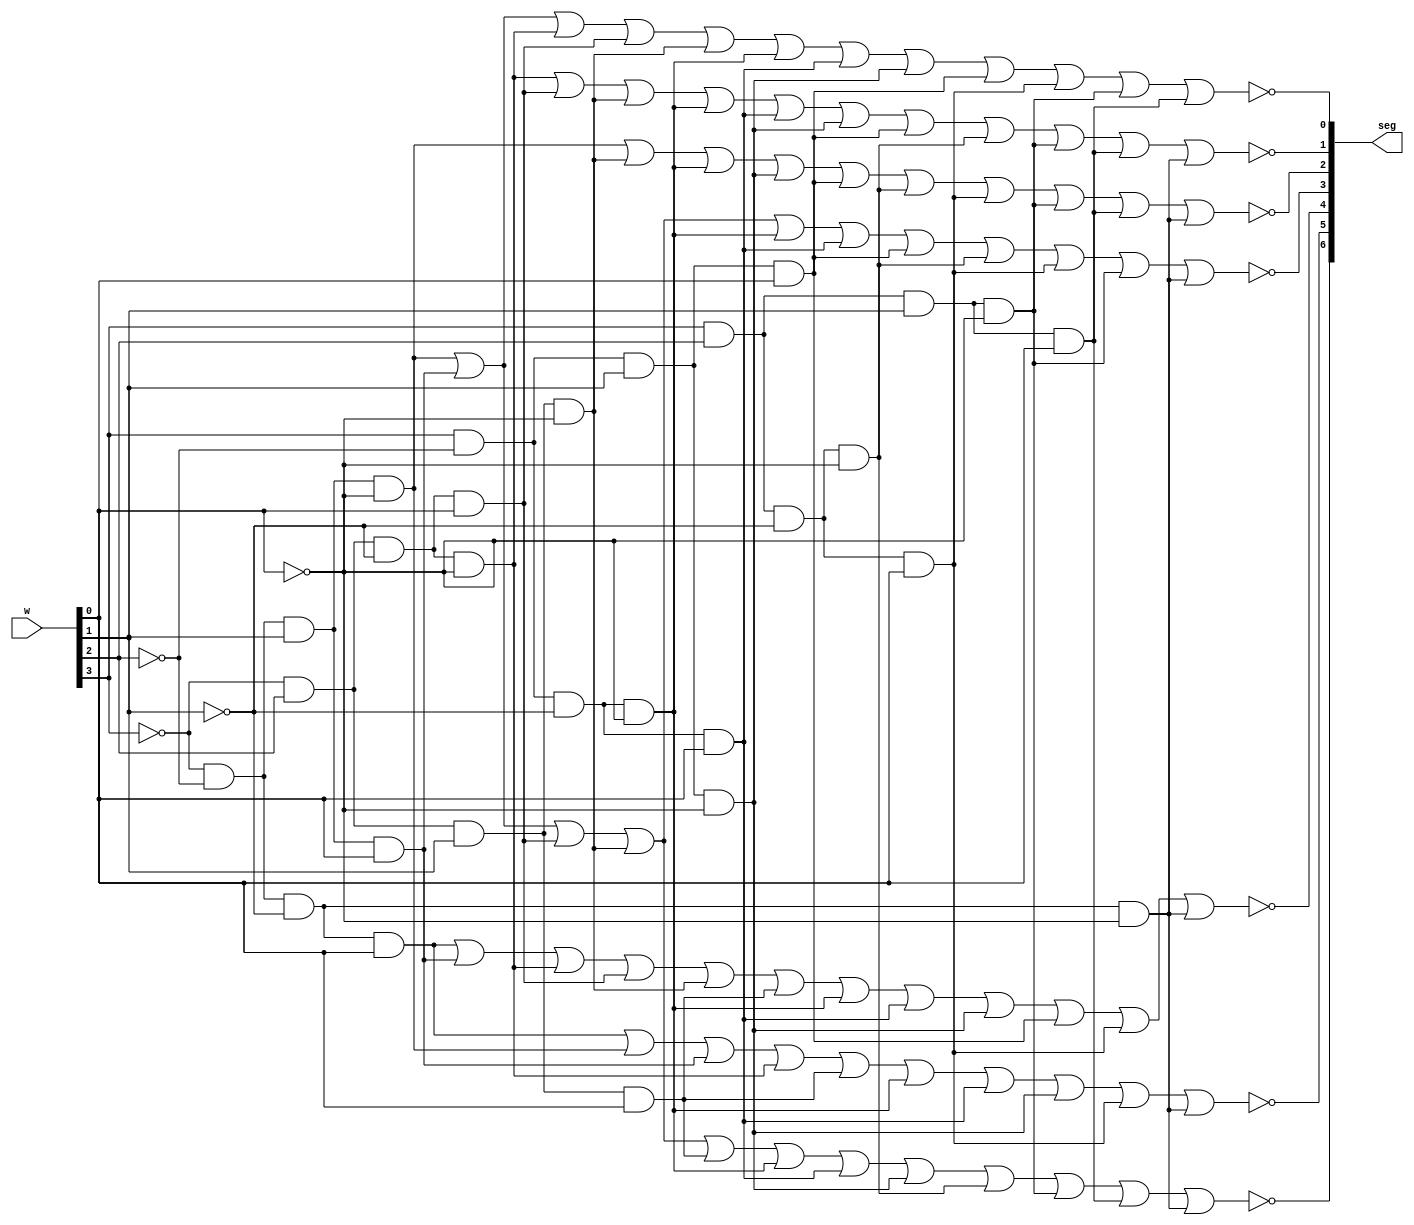
// Programatic encoder for onboard seven segment number display
module hex_7seg(w,seg);

input [3:0] w;
output [0:6] seg;

wire a0,a1,a2,a3,a4,a5,a6,a7,a8,a9,A,B,C,D,E,F;

assign a0= (~w[3]&~w[2]&~w[1]&~w[0]);
assign a1= (~w[3]&~w[2]&~w[1]&w[0]);
assign a2= (~w[3]&~w[2]&w[1]&~w[0]);
assign a3= (~w[3]&~w[2]&w[1]&w[0]);
assign a4= (~w[3]&w[2]&~w[1]&~w[0]);
assign a5= (~w[3]&w[2]&~w[1]&w[0]);
assign a6= (~w[3]&w[2]&w[1]&~w[0]);
assign a7= (~w[3]&w[2]&w[1]&w[0]);
assign a8= (w[3]&~w[2]&~w[1]&~w[0]);
assign a9= (w[3]&~w[2]&~w[1]&w[0]);
assign A=  (w[3]&~w[2]&w[1]&~w[0]);
assign B=  (w[3]&~w[2]&w[1]&w[0]);
assign C=  (w[3]&w[2]&~w[1]&~w[0]);
assign D=  (w[3]&w[2]&~w[1]&w[0]);
assign E=  (w[3]&w[2]&w[1]&~w[0]);
assign F=  (w[3]&w[2]&w[1]&w[0]);

assign seg[0] = ~(a2|a3|a5|a6|a7|a8|a9|A|C|E|F|a0);

assign seg[1] = ~(a1|a2|a3|a4|a7|a8|a9|A|D|a0);

assign seg[2] = ~(a1|a3|a4|a5|a6|a7|a8|a9|A|B|D|a0);
assign seg[3] = ~(a2|a3|a5|a6|a8|a9|B|C|D|E|a0);
assign seg[4] = ~(a2|a6|a8|A|B|C|D|E|F|a0);
assign seg[5] = ~(a4|a5|a6|a8|a9|A|B|C|E|F|a0);
assign seg[6] = ~(a2|a3|a4|a5|a6|a8|a9|A|B|D|E|F);

endmodule